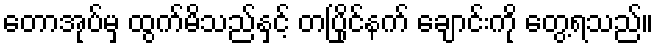
တောအုပ်မှ ထွက်မိသည်နှင့် တပြိုင်နက် ချောင်းကို တွေ့ရသည်။